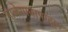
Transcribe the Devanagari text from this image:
माळेगावापासून